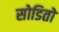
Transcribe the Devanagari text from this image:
सोडितो